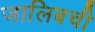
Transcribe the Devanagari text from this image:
जालिबची